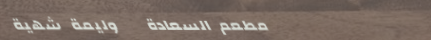
مطعم السعادة   وليمة شهية